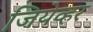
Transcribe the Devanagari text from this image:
जियेव्हर